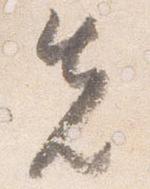
先